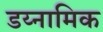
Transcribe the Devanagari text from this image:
डय्नामिक